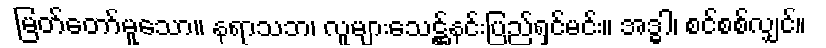
မြတ်တော်မူသော။ နရာသဘ၊ လူများသေဋ္ဌ်နင်းပြည်ရှင်မင်း။ အဒ္ဓါ၊ စင်စစ်လျှင်။